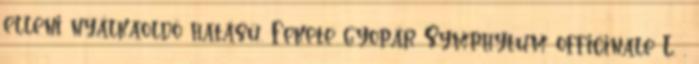
elleni nyálkaoldó hatású. Fekete gyopár Symphytum officinale L. .